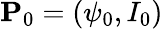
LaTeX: \mathbf{P}_{0}=(\psi_{0},I_{0})